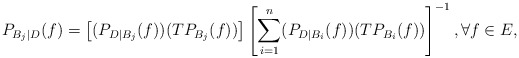
\begin{align*}P_{B_j\mid D}(f)=\left[(P_{D\mid B_j}(f))(TP_{B_j}(f))\right] \left[\sum_{i=1}^n (P_{D\mid B_i}(f))(TP_{B_i}(f))\right]^{-1},\forall f\in E, \end{align*}